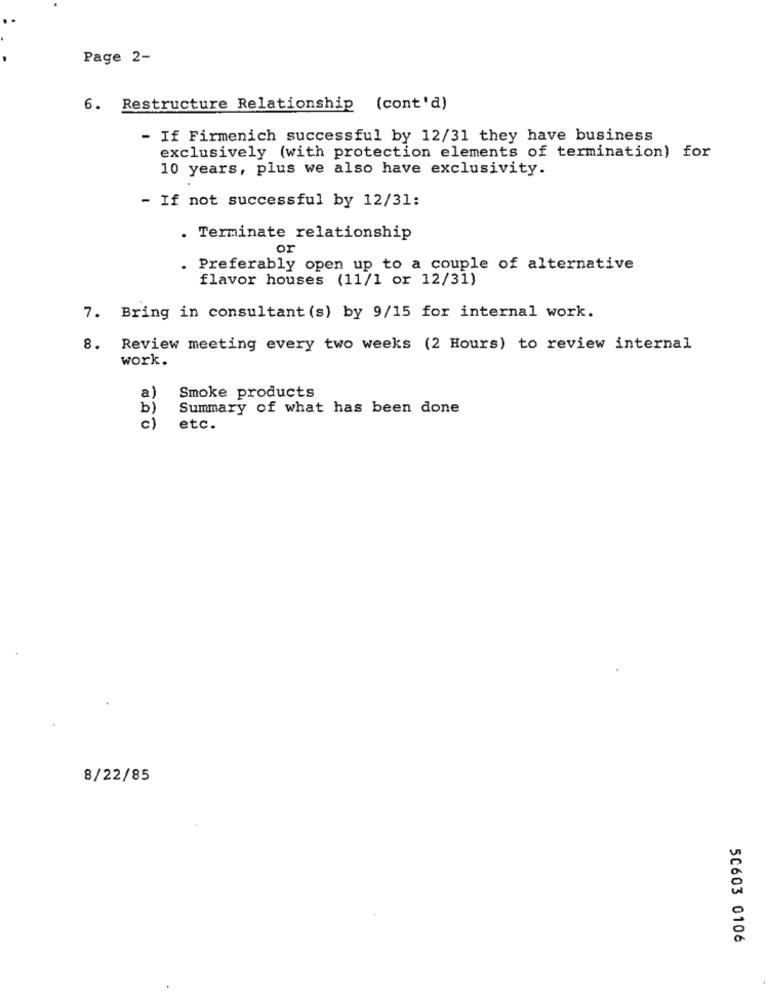
Page 2-
6. Restructure Relationship (cont'd)
- If Firmenich successful by 12/31 they have business
exclusively (with protection elements of termination) for
10 years, plus we also have exclusivity.
- If not successful by 12/31:
. Terminate relationship
or
. Preferably open up to a couple of alternative
flavor houses (11/1 or 12/31)
7. Bring in consultant (s) by 9/15 for internal work.
8. Review meeting every two weeks (2 Hours) to review internal
work.
a)
Smoke products
b)
Summary of what has been done
c)
etc.
8/22/85
50603 0106